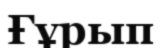
Ғұрып